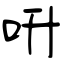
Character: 呏